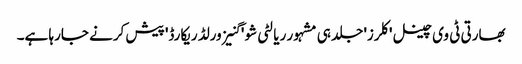
بھارتی ٹی وی چینل 'کلرز' جلد ہی مشہور ریالٹی شو ' گنیز ورلڈ ریکارڈ' پیش کرنے جارہا ہے۔